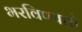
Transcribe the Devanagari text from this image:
भरविण्याचे